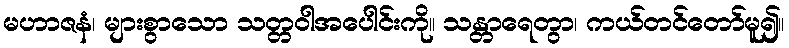
မဟာဇနံ၊ များစွာသော သတ္တဝါအပေါင်းကို။ သန္တာရေတွာ၊ ကယ်တင်တော်မူ၍။